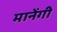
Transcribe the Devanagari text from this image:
मानेंगी